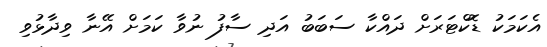
އެކަމަކު ޑޮކްޓަރަށް ދައްކާ ސަބަބު އަދި ސާފު ނުވާ ކަމަށް އޭނާ ވިދާޅުވި